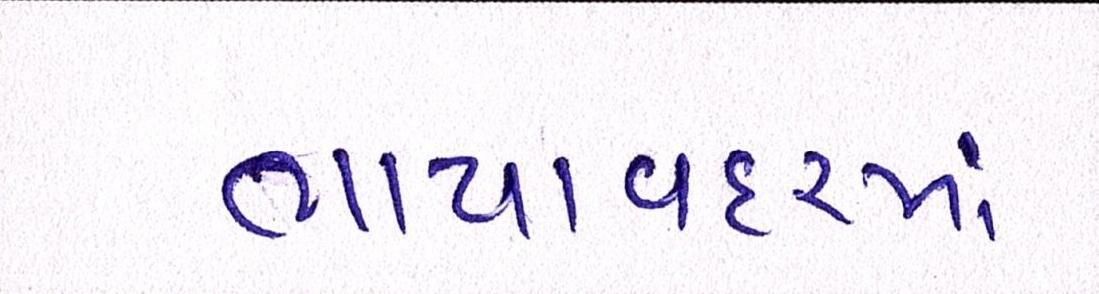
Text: ભાયાવદરમાં